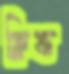
ক্লিফ